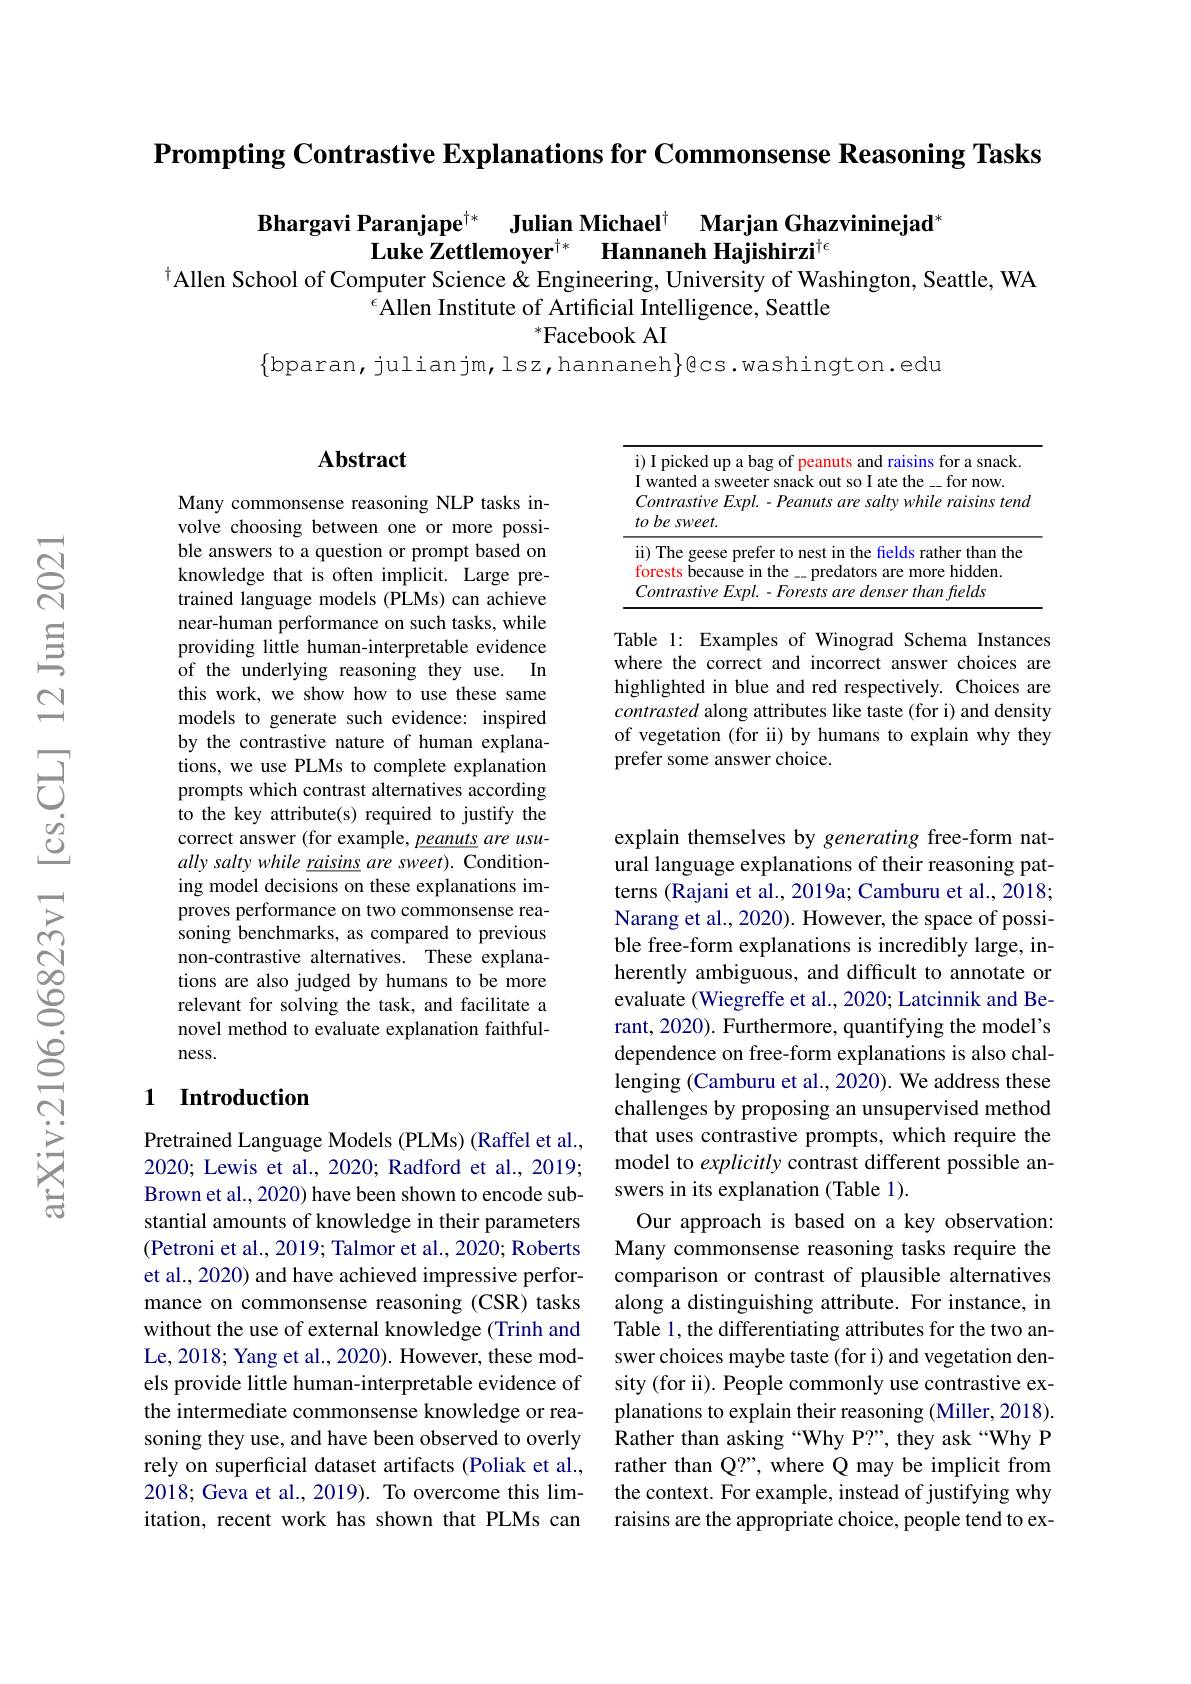
$\textbf{Prompting Contrastive Explanations for Commonsense Reasoning Tasks}$

Bhargavi Paranjape$^{\dagger * }$ Julian Michael$^{\dagger }$ Marjan Ghazvininejad$^{*}$
Luke Zettlemoyer$^{\dagger * }$ $\textbf{Hannaneh Hajishirzi}^{\dagger \epsilon }$
$^{\dagger}$Allen School of Computer Science $\dot{\&}$ Engineering, University of Washington, Seattle, WA
$^{\epsilon}$Allen Institute of Artificial Intelligence, Seattle
### $^*$Facebook AI
$\{$bparan,julianjm,lsz,hannaneh$\}$gcs.washington.edu

### $\mathbf{Abstract}$

Many commonsense reasoning NLP tasks involve choosing between one or more possible answers to a question or prompt based on knowledge that is often implicit. Large pretrained language models (PLMs) can achieve near-human performance on such tasks, while providing little human-interpretable evidence of the underlying reasoning they use. In this work, we show how to use these same models to generate such evidence: inspired by the contrastive nature of human explanations, we use PLMs to complete explanation prompts which contrast alternatives according to the key attribute(s) required to justify the correct answer (for example, peanuts are usually salty while raisins are sweet). Conditioning model decisions on these explanations improves performance on two commonsense reasoning benchmarks, as compared to previous non-contrastive alternatives. These explanations are also judged by humans to be more relevant for solving the task, and facilitate a novel method to evaluate explanation faithfulness.

### 1 Introduction

Pretrained Language Models (PLMs) (Raffel et al. 2020; Lewis et al., 2020; Radford et al., 2019; Brown et al., 2020) have been shown to encode substantial amounts of knowledge in their parameters (Petroni et al., 2019; Talmor et al., 2020; Roberts et al., 2020) and have achieved impressive performance on commonsense reasoning (CSR) tasks without the use of external knowledge (Trinh and Le, 2018; Yang et al., 2020). However, these models provide little human-interpretable evidence of the intermediate commonsense knowledge or reasoning they use, and have been observed to overly rely on superficial dataset artifacts (Poliak et al., 2018; Geva et al., 2019). To overcome this limitation, recent work has shown that PLMs can

<table>
	<tbody>
		<tr>
			<td>$\bullet$ 1</td>
			<td>oicked up a bag raisins for $r_{0}$ DPAMITS amn $\because\angle CD=\angle CD$ a snack</td>
		</tr>
		<tr>
			<td>1</td>
			<td>fhe tor -mow</td>
		</tr>
		<tr>
			<td>$t$</td>
			<td>$besweet.$</td>
		</tr>
		<tr>
			<td>· 1</td>
			<td>The geese prefer to nest in the fields rather than the</td>
		</tr>
		<tr>
			<td>1</td>
			<td>$\mathop{\mathrm{hidden}}$ ests fhe redators more ,</td>
		</tr>
		<tr>
			<td> </td>
			<td>$2\textit{felds}$</td>
		</tr>
	</tbody>
</table>

Table 1: Examples of Winograd Schema Instances where the correct and incorrect answer choices are highlighted in blue and red respectively. Choices are contrasted along attributes like taste (for i) and density of vegetation (for ii) by humans to explain why they prefer some answer choice.

explain themselves by generating free-form natural language explanations of their reasoning patterns (Rajani et al., 2019a; Camburu et al., 2018; Narang et al., 2020). However, the space of possible free-form explanations is incredibly large, inherently ambiguous, and difficult to annotate or evaluate (Wiegreffe et al., 2020; Latcinnik and Berant, 2020). Furthermore, quantifying the model's dependence on free-form explanations is also challenging (Camburu et al., 2020). We address these challenges by proposing an unsupervised method that uses contrastive prompts, which require the model to explicitly contrast different possible answers in its explanation (Table 1).
Our approach is based on a key observation: Many commonsense reasoning tasks require the comparison or contrast of plausible alternatives along a distinguishing attribute. For instance, in Table 1, the differentiating attributes for the two answer choices maybe taste (for i) and vegetation density (for ii). People commonly use contrastive explanations to explain their reasoning (Miller, 2018). Rather than asking “Why P?”, they ask“Why P rather than Q?", where Q may be implicit from the context. For example, instead of justifying why raisins are the appropriate choice, people tend to ex-